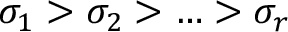
\sigma _ { 1 } > \sigma _ { 2 } > \ldots > \sigma _ { r }